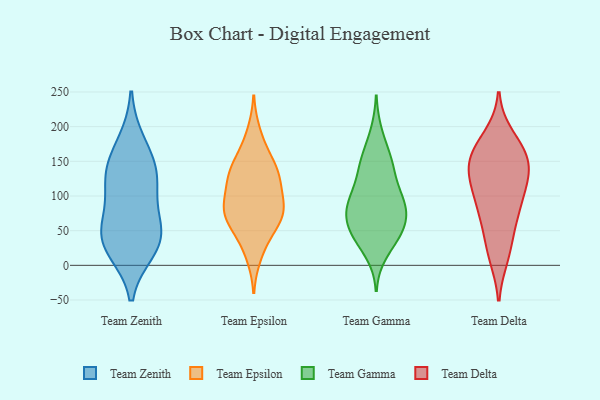
{"axis": {"x": "Conversion Rate (%)", "y": "Value"}, "legend": ["Team Delta", "Team Epsilon", "Team Gamma", "Team Zenith"], "data": [{"x": "", "y": 23, "type": "Team Zenith"}, {"x": "", "y": 122, "type": "Team Zenith"}, {"x": "", "y": 26, "type": "Team Zenith"}, {"x": "", "y": 102, "type": "Team Zenith"}, {"x": "", "y": 42, "type": "Team Zenith"}, {"x": "", "y": 51, "type": "Team Zenith"}, {"x": "", "y": 177, "type": "Team Zenith"}, {"x": "", "y": 143, "type": "Team Zenith"}, {"x": "", "y": 55, "type": "Team Zenith"}, {"x": "", "y": 136, "type": "Team Zenith"}, {"x": "", "y": 190, "type": "Team Epsilon"}, {"x": "", "y": 115, "type": "Team Epsilon"}, {"x": "", "y": 75, "type": "Team Epsilon"}, {"x": "", "y": 74, "type": "Team Epsilon"}, {"x": "", "y": 85, "type": "Team Epsilon"}, {"x": "", "y": 32, "type": "Team Epsilon"}, {"x": "", "y": 135, "type": "Team Epsilon"}, {"x": "", "y": 144, "type": "Team Epsilon"}, {"x": "", "y": 87, "type": "Team Epsilon"}, {"x": "", "y": 67, "type": "Team Epsilon"}, {"x": "", "y": 58, "type": "Team Epsilon"}, {"x": "", "y": 132, "type": "Team Epsilon"}, {"x": "", "y": 128, "type": "Team Epsilon"}, {"x": "", "y": 69, "type": "Team Epsilon"}, {"x": "", "y": 129, "type": "Team Epsilon"}, {"x": "", "y": 167, "type": "Team Epsilon"}, {"x": "", "y": 90, "type": "Team Epsilon"}, {"x": "", "y": 15, "type": "Team Epsilon"}, {"x": "", "y": 139, "type": "Team Gamma"}, {"x": "", "y": 141, "type": "Team Gamma"}, {"x": "", "y": 91, "type": "Team Gamma"}, {"x": "", "y": 36, "type": "Team Gamma"}, {"x": "", "y": 94, "type": "Team Gamma"}, {"x": "", "y": 73, "type": "Team Gamma"}, {"x": "", "y": 156, "type": "Team Gamma"}, {"x": "", "y": 45, "type": "Team Gamma"}, {"x": "", "y": 101, "type": "Team Gamma"}, {"x": "", "y": 190, "type": "Team Gamma"}, {"x": "", "y": 72, "type": "Team Gamma"}, {"x": "", "y": 87, "type": "Team Gamma"}, {"x": "", "y": 49, "type": "Team Gamma"}, {"x": "", "y": 47, "type": "Team Gamma"}, {"x": "", "y": 18, "type": "Team Gamma"}, {"x": "", "y": 57, "type": "Team Gamma"}, {"x": "", "y": 113, "type": "Team Gamma"}, {"x": "", "y": 79, "type": "Team Gamma"}, {"x": "", "y": 152, "type": "Team Gamma"}, {"x": "", "y": 168, "type": "Team Delta"}, {"x": "", "y": 82, "type": "Team Delta"}, {"x": "", "y": 74, "type": "Team Delta"}, {"x": "", "y": 87, "type": "Team Delta"}, {"x": "", "y": 128, "type": "Team Delta"}, {"x": "", "y": 104, "type": "Team Delta"}, {"x": "", "y": 185, "type": "Team Delta"}, {"x": "", "y": 122, "type": "Team Delta"}, {"x": "", "y": 165, "type": "Team Delta"}, {"x": "", "y": 141, "type": "Team Delta"}, {"x": "", "y": 164, "type": "Team Delta"}, {"x": "", "y": 141, "type": "Team Delta"}, {"x": "", "y": 141, "type": "Team Delta"}, {"x": "", "y": 14, "type": "Team Delta"}, {"x": "", "y": 19, "type": "Team Delta"}, {"x": "", "y": 48, "type": "Team Delta"}]}